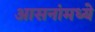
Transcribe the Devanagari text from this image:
आसनांमध्ये